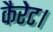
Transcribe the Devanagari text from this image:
कैरेट।